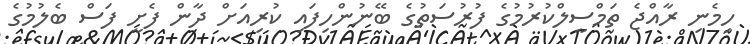
ހިމެނި ރާއްޖެ ތަމްސީލްކުރުމުގެ ފުރުސަތުގެ ބޭނުންހިފައި ކުރިއަށް ދާން ފެށީ ފަސް ބެލުމުގެ